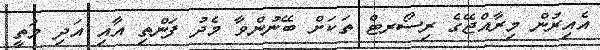
އެއިރުން މިރާއްޖޭގެ ރިސޯރޓް ތަކަށް ބޭނުންވާ މެދު ފަންތި އާއި އަދި މަތީ